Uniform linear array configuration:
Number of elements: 4
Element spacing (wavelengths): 1
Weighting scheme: hamming
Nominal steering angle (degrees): -60
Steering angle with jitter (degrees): -60.783
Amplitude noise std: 0.05
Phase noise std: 0.05

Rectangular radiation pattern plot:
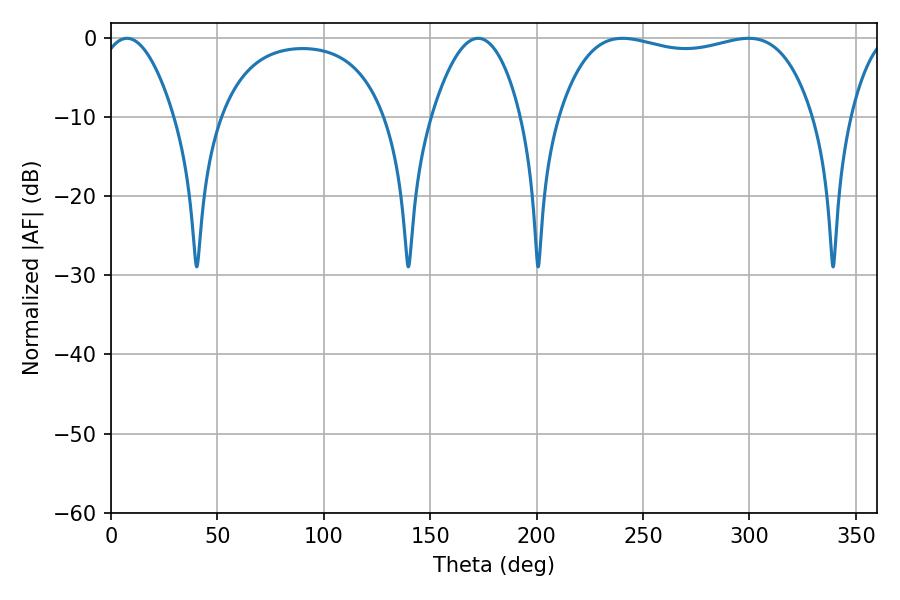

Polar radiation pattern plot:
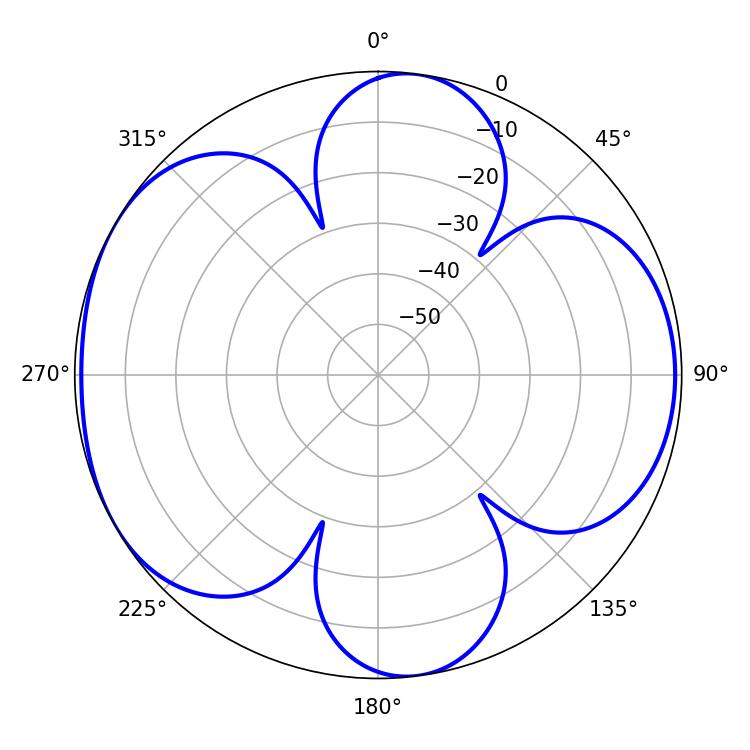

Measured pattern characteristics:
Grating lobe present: TRUE
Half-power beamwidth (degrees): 96.12
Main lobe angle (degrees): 240.48